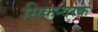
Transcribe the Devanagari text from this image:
सिकन्दरके